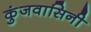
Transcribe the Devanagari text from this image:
कुंजवासिनी